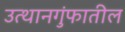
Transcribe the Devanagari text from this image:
उत्थानगुंफातील